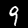
Digit: 9